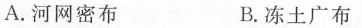
A.河网密布 B.冻土广布